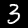
Digit: 3